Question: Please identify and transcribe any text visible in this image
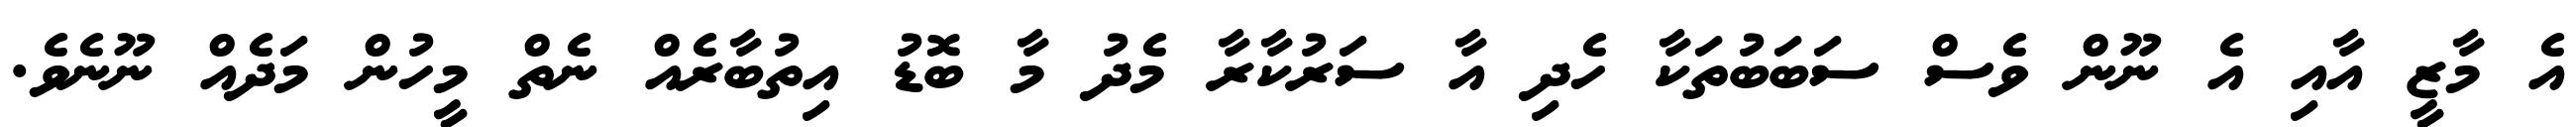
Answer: އެ މާޒީ އާއި އެ ނޫން ވެސް ސަބަބުތަކާ ހެދި އާ ސަރުކާރާ މެދު މާ ބޮޑު އިތުބާރެއް ނެތް މީހުން މަދެއް ނޫނެވެ.